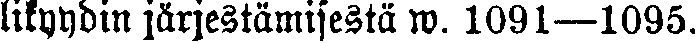
likyydin järjestämisestä w. 1091—1095.